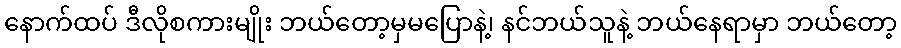
နောက်ထပ် ဒီလိုစကားမျိုး ဘယ်တော့မှမပြောနဲ့၊ နင်ဘယ်သူနဲ့ ဘယ်နေရာမှာ ဘယ်တော့